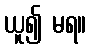
ယူ၍ မရ။